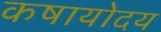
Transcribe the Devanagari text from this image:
कषायोदय